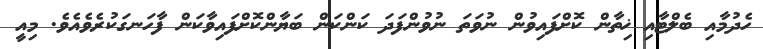
ހެދުމާއި ބެލްޓާއި ޚިތާން ކޮށްފައިވުން ނުވަތަ ނުވުންފަދަ ކަންކަން ބަޔާންކޮށްފައިވާކަން ފާހަނގަކުރެވެއެވެ. މިއީ